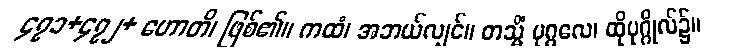
၄၇၁+၄၇၂+ ဟောတိ၊ ဖြစ်၏။ ကထံ၊ အဘယ်လျှင်။ တသ္မိံ ပုဂ္ဂလေ၊ ထိုပုဂ္ဂိုလ်၌။